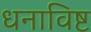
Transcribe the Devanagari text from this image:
धनाविष्ट